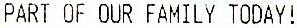
BE A PART OF OUR FAMILY TODAY!